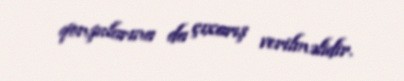
qonşularına da çıxarış verilməlidir.